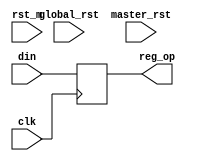
`timescale 1ns / 1ps

module max_reg(
    input 		clk,
    input [7:0] din,
    input 		rst_m,
    input 		global_rst,
    input 		master_rst,
    output reg [7:0] reg_op
    );

	//integer clk_temp  =0;
	//reg [15:0]	shifter = 15'h0;
	//wire  [7:0]	din_temp;
	//assign din_temp = din;

	always @(posedge clk) begin
		//if(rst_m || master_rst)	reg_op <= 8'h0;
		//else 					
			reg_op <= din;
	end

	//assign 	shifter = {shifter[7:0],din};
	//assign  reg_op = shifter[15:8];

endmodule